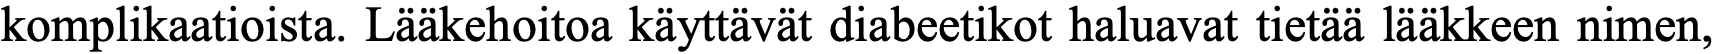
komplikaatioista. Lääkehoitoa käyttävät diabeetikot haluavat tietää lääkkeen nimen,